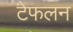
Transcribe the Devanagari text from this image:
टेफलन